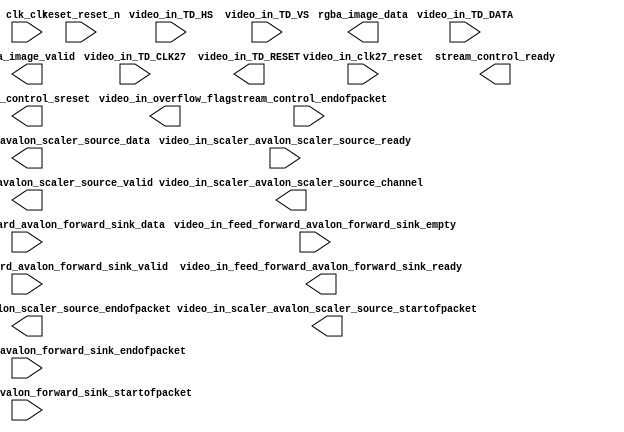

module Video_In_Subsystem (
	clk_clk,
	reset_reset_n,
	video_in_TD_CLK27,
	video_in_TD_DATA,
	video_in_TD_HS,
	video_in_TD_VS,
	video_in_clk27_reset,
	video_in_TD_RESET,
	video_in_overflow_flag,
	rgba_image_data,
	rgba_image_valid,
	stream_control_endofpacket,
	stream_control_ready,
	stream_control_sreset,
	video_in_feed_forward_avalon_forward_sink_data,
	video_in_feed_forward_avalon_forward_sink_startofpacket,
	video_in_feed_forward_avalon_forward_sink_endofpacket,
	video_in_feed_forward_avalon_forward_sink_empty,
	video_in_feed_forward_avalon_forward_sink_valid,
	video_in_feed_forward_avalon_forward_sink_ready,
	video_in_scaler_avalon_scaler_source_ready,
	video_in_scaler_avalon_scaler_source_startofpacket,
	video_in_scaler_avalon_scaler_source_endofpacket,
	video_in_scaler_avalon_scaler_source_valid,
	video_in_scaler_avalon_scaler_source_data,
	video_in_scaler_avalon_scaler_source_channel);	

	input		clk_clk;
	input		reset_reset_n;
	input		video_in_TD_CLK27;
	input	[7:0]	video_in_TD_DATA;
	input		video_in_TD_HS;
	input		video_in_TD_VS;
	input		video_in_clk27_reset;
	output		video_in_TD_RESET;
	output		video_in_overflow_flag;
	output	[31:0]	rgba_image_data;
	output		rgba_image_valid;
	input		stream_control_endofpacket;
	output		stream_control_ready;
	output		stream_control_sreset;
	input	[23:0]	video_in_feed_forward_avalon_forward_sink_data;
	input		video_in_feed_forward_avalon_forward_sink_startofpacket;
	input		video_in_feed_forward_avalon_forward_sink_endofpacket;
	input	[1:0]	video_in_feed_forward_avalon_forward_sink_empty;
	input		video_in_feed_forward_avalon_forward_sink_valid;
	output		video_in_feed_forward_avalon_forward_sink_ready;
	input		video_in_scaler_avalon_scaler_source_ready;
	output		video_in_scaler_avalon_scaler_source_startofpacket;
	output		video_in_scaler_avalon_scaler_source_endofpacket;
	output		video_in_scaler_avalon_scaler_source_valid;
	output	[23:0]	video_in_scaler_avalon_scaler_source_data;
	output		video_in_scaler_avalon_scaler_source_channel;
endmodule